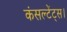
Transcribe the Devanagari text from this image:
कंसल्टेंट्स।